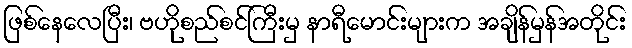
ဖြစ်နေလေပြီး၊ ဗဟိုစည်စင်ကြီးမှ နာရီမောင်းများက အချိန်မှန်အတိုင်း